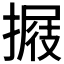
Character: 𢲈